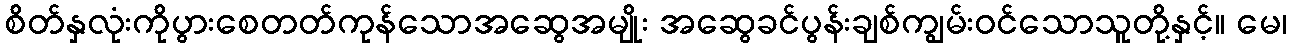
စိတ်နှလုံးကိုပွားစေတတ်ကုန်သောအဆွေအမျိုး အဆွေခင်ပွန်းချစ်ကျွမ်းဝင်သောသူတို့နှင့်။ မေ၊